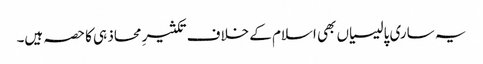
یہ ساری پالیسیاں بھی اسلام کے خلاف تکثیرِ محاذ ہی کا حصہ ہیں۔